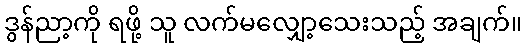
ဒွန်ညာ့ကို ရဖို့ သူ လက်မလျှော့သေးသည့် အချက်။